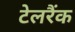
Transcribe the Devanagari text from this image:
टेलरैंक